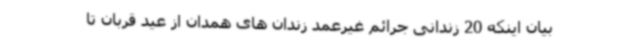
بیان اینکه 20 زندانی جرائم غیرعمد زندان های همدان از عید قربان تا